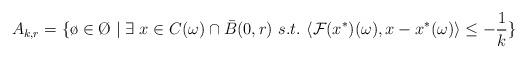
LaTeX: \begin{align*} A_{k,r}=\{\o\in\O \mid \exists~x\in C(\omega)\cap\bar{B}(0,r) ~s.t.~\langle\mathcal{F}(x^*)(\omega), x-x^*(\omega)\rangle\le-\frac{1}{k} \}\end{align*}